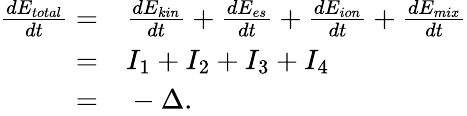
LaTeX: \begin{array}{rl}{\frac{dE_{total}}{dt}=}&{{}\frac{dE_{kin}}{dt}+\frac{dE_{es}}{dt}+\frac{dE_{ion}}{dt}+\frac{dE_{mix}}{dt}}\\ {=}&{{}I_{1}+I_{2}+I_{3}+I_{4}}\\ {=}&{{}-\Delta.}\end{array}